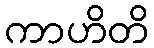
ကာဟိတိ